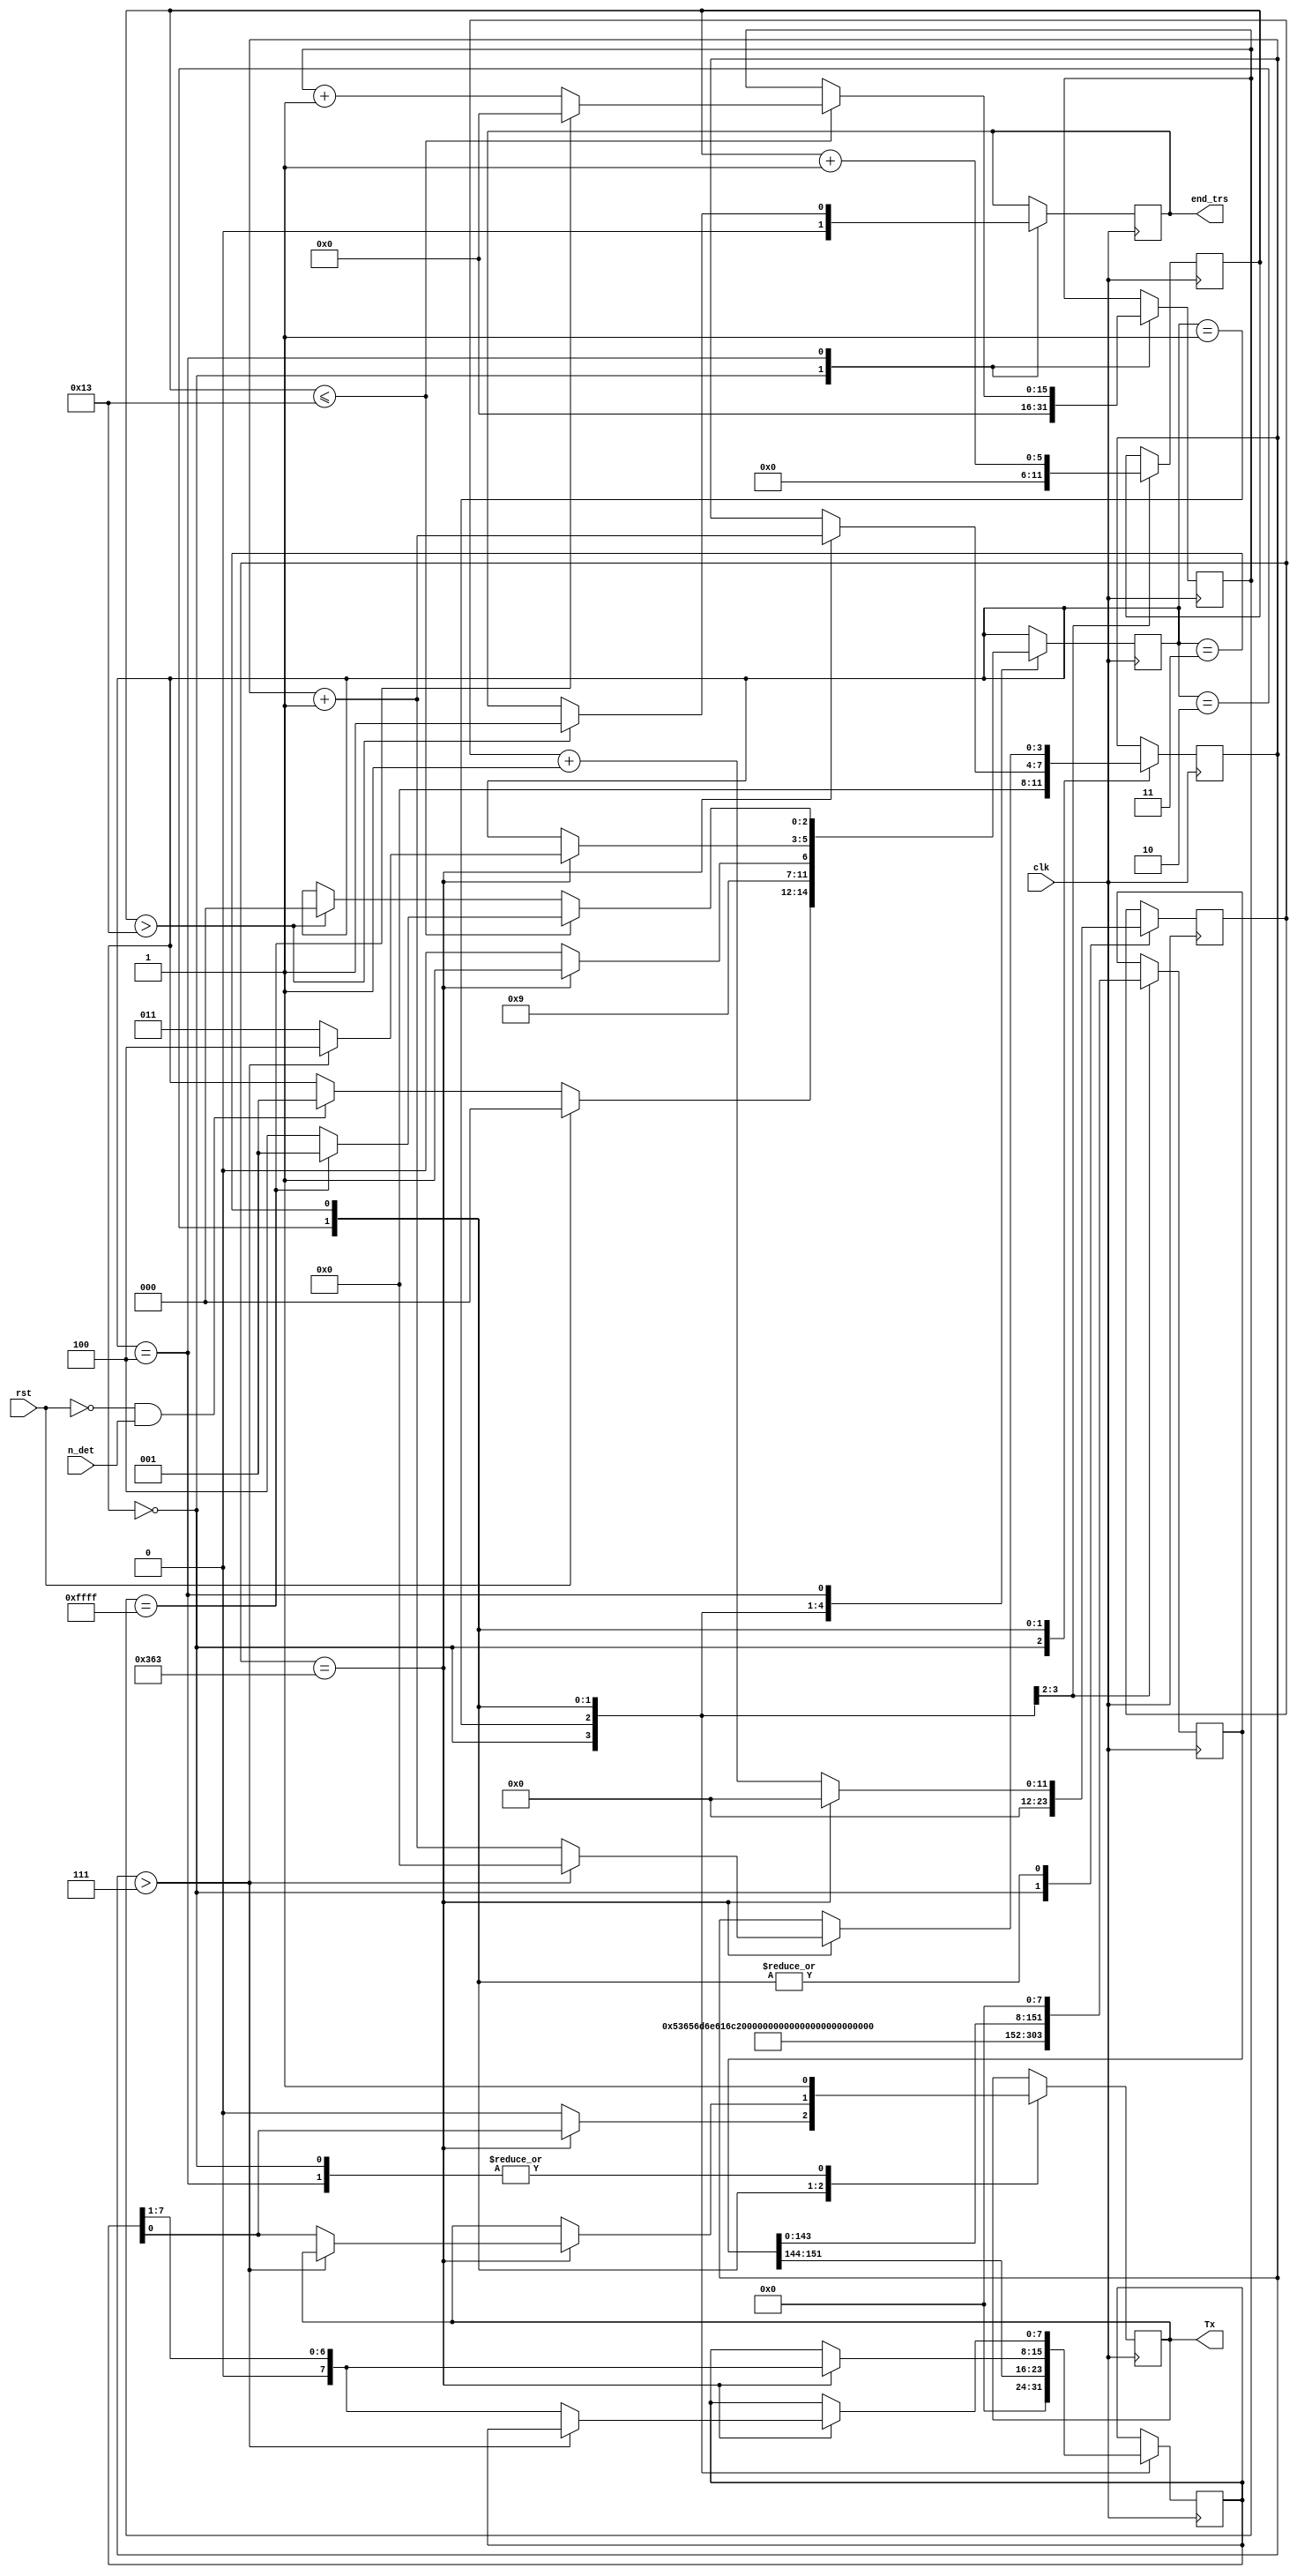
module no_signal(
	input clk,
	input rst,
	input n_det,//pt no detect
	
	output end_trs,
	output Tx
    );
	 
	 reg [2:0] state = 3'b0;
	 reg [11:0] count = 12'b0;
	 reg reg_Tx = 1'b1;
	 reg [7:0] d_shift = 8'b0;
	 reg [3:0] nr_bit = 4'b0;
	 reg [151:0] nedetectat = 152'h53656d6e616c206e6564657465637461740a0d;
	 reg [151:0] ned_text = 152'b0;
	 //reg [23:0] same_d =24'b0;
	 reg ok=0;
	 reg reg_end_trs = 1'b0;
	 
	
	 reg [5:0] nr_pachet = 6'b0;
	 reg [15:0] delay = 16'b0;
	
	 parameter stop_begin = 3'b0; 
	 parameter idle = 3'b01;
	 parameter start = 3'b010;
	 parameter trs_state = 3'b011;
	 parameter final = 3'b100;
	
	 assign Tx = reg_Tx;
	 assign end_trs = reg_end_trs;
	 
	 always @(posedge clk) begin
			case (state)
				stop_begin: begin
					reg_Tx<=1'b1;
					count <=12'b0;
					nr_pachet<=0;
					delay<=0;
					ned_text <= nedetectat;
					d_shift <=0;
					nr_bit <=0;
					reg_end_trs <= 1'b0;
					//same_d <= data_in;
					if(rst)
						state<=stop_begin;
					else if((~rst) && (n_det))
						state <= idle;		
				end
				idle: begin
					state <= start;
					ned_text <= {ned_text[143:0],8'b0};
					d_shift <= ned_text[151:144];
					nr_pachet <= nr_pachet+1'b1;	
				end
				start: begin
					if (count == 12'h363) begin	
						state <= trs_state;
						count <= 12'b0;
						reg_Tx <= d_shift[0] ;
						d_shift <= {1'b0,d_shift[7:1]};
						nr_bit <= nr_bit + 1'b1;
					end else begin
						state <= start;
						count <= count + 1'b1;
						reg_Tx <= 1'b0;
					end
				end
				trs_state: begin
					if(count == 12'h363)
						if ( nr_bit > 4'd7) begin
							state <= final;
							count <= 12'b0;
							nr_bit <= 4'b0;
						end else begin
							count <= 12'b0;
							reg_Tx <= d_shift[0] ;
							d_shift <= {1'b0,d_shift[7:1]};
							nr_bit <= nr_bit + 1'b1;
							state <= trs_state;
						end
					else
						count <= count + 1'b1;
				end
				final : begin
					reg_Tx <= 1'b1;
					if (nr_pachet > 6'd19) begin
						reg_end_trs <= 1'b1;
						state <=stop_begin;
					end
					if (nr_pachet <= 6'd19) begin
						if ( delay == 16'hffff)
							delay <= 16'b0;
						else
							delay <= delay+1'b1;
						state <= (delay == 16'hffff) ? idle : final;	
					end
				end	
			endcase
	 end

endmodule